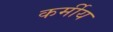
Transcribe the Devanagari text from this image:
कर्मीय